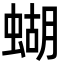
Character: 蝴